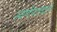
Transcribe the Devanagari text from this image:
स्वर्णंपत्रवाले